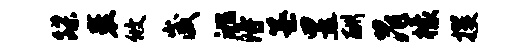
蹀裹攸崴洮得纂昱酬晁檬攫